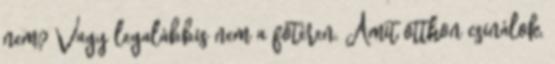
nem? Vagy legalábbis nem a főtéren. Amit otthon csinálok,